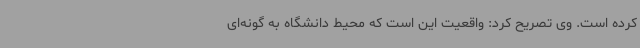
کرده است. وی تصریح کرد: واقعیت این است که محیط دانشگاه به گونه‌ای